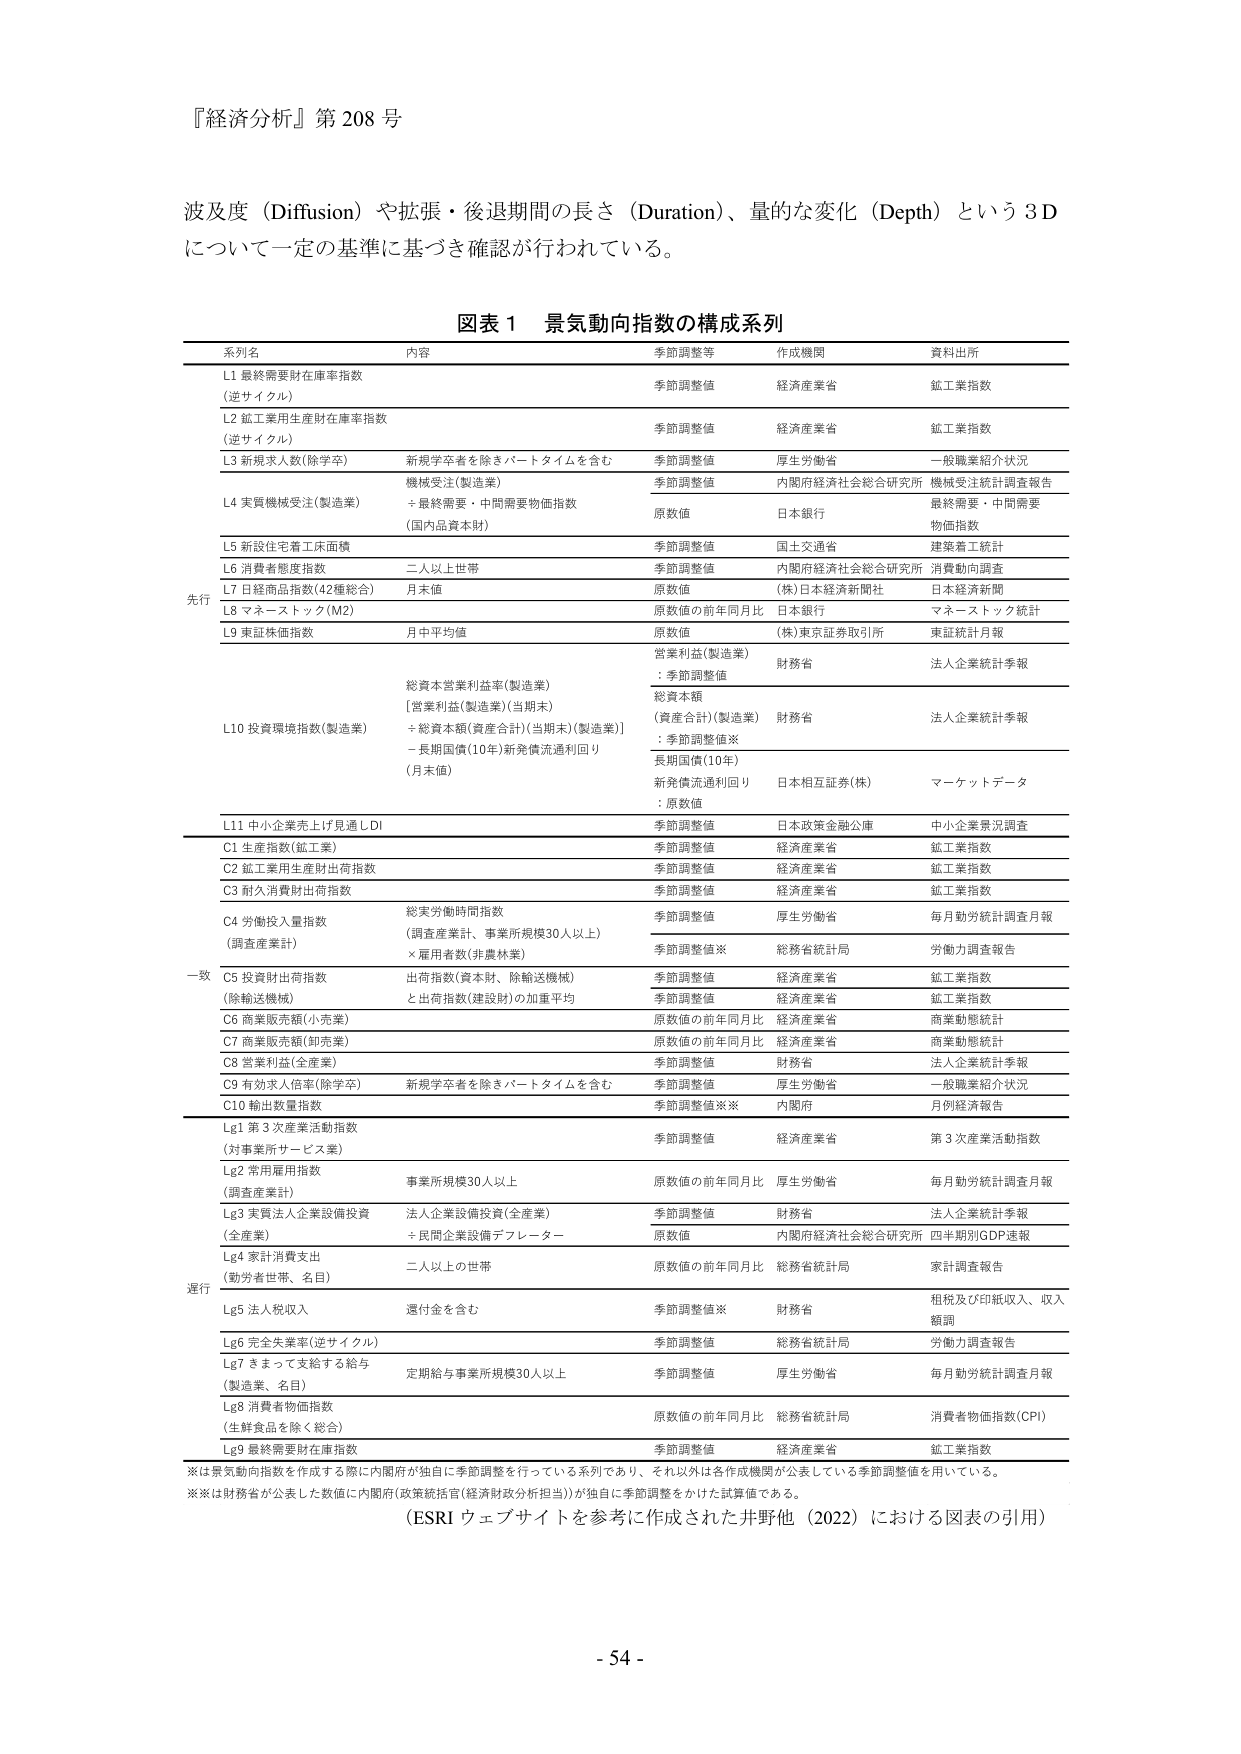
『経済分析』第 208 号

波及度（Diffusion）や拡張・後退期間の長さ（Duration）、量的な変化（Depth）という 3D について一定の基準に基づき確認が行われている。

図表 1 景気動向指数の構成系列

系列名 内容 季節調整等 作成機関 資料出所

先行
L1 最終需要財在庫率指数
（逆サイクル） 季節調整値 経済産業省 鉱工業指数
L2 鉱工業用生産財在庫率指数
（逆サイクル） 季節調整値 経済産業省 鉱工業指数
L3 新規求人数（除学卒） 新規学卒者を除きパートタイムを含む 季節調整値 厚生労働省 一般職業紹介状況
L4 実質機械受注（製造業） 機械受注（製造業） 季節調整値 内閣府経済社会総合研究所 機械受注統計調査報告
＋最終需要・中間需要物価指数 （国内品資本財） 原数値 日本銀行 最終需要・中間需要物価指数
L5 新設住宅着工床面積 季節調整値 国土交通省 建築着工統計
L6 消費者態度指数 二人以上世帯 季節調整値 内閣府経済社会総合研究所 消費動向調査
L7 日経商品指数（42種総合） 月末値 原数値 （株）日本経済新聞社 日本経済新聞
L8 マネーストック（M2） 原数値の前年同月比 日本銀行 マネーストック統計
L9 東証株価指数 月中平均値 原数値 （株）東京証券取引所 東証統計月報

L10 投資環境指数（製造業） 営業利益（製造業）：季節調整値 財務省 法人企業統計季報
[営業利益（製造業）（当期末）＋総資本額（資産合計）（当期末）（製造業）] ÷長期国債（10年）新発債流通利回り（月末値） 総資本額（資産合計）（製造業）：季節調整値※ 財務省 法人企業統計季報
長期国債（10年）新発債流通利回り：原数値 日本相互証券（株） マーケットデータ

L11 中小企業売上計見通し DI 季節調整値 日本政策金融公庫 中小企業景況調査

一致
C1 生産指数（鉱工業） 季節調整値 経済産業省 鉱工業指数
C2 鉱工業用生産財出荷指数 季節調整値 経済産業省 鉱工業指数
C3 耐久消費財出荷指数 季節調整値 経済産業省 鉱工業指数
C4 労働投入量指数 （調査産業計） 総実労働時間指数 （調査産業計、事業所規模30人以上）×雇用者数（非農林業） 季節調整値 厚生労働省 毎月勤労統計調査月報
季節調整値※ 総務省統計局 労働力調査報告
C5 投資財出荷指数 （除輸送機械） 出荷指数（資本財、除輸送機械）と出荷指数（建設財）の加重平均 季節調整値 経済産業省 鉱工業指数
季節調整値 経済産業省 鉱工業指数
C6 商業販売額（小売業） 原数値の前年同月比 経済産業省 商業動態統計
C7 商業販売額（卸売業） 原数値の前年同月比 経済産業省 商業動態統計
C8 営業利益（全産業） 季節調整値 財務省 法人企業統計季報
C9 有効求人倍率（除学卒） 新規学卒者を除きパートタイムを含む 季節調整値 厚生労働省 一般職業紹介状況
C10 輸出数量指数 季節調整値※※ 内閣府 月例経済報告

遅行
Lg1 第3次産業活動指数 （対事業所サービス業） 季節調整値 経済産業省 第3次産業活動指数
Lg2 常用雇用指数 （調査産業計） 事業所規模30人以上 原数値の前年同月比 厚生労働省 毎月勤労統計調査月報
Lg3 実質法人企業設備投資 （全産業） 法人企業設備投資（全産業）÷民間企業設備デフレーター 季節調整値 財務省 法人企業統計季報
原数値 内閣府経済社会総合研究所 四半期別GDP速報
Lg4 家計消費支出 （勤労者世帯、名目） 二人以上の世帯 原数値の前年同月比 総務省統計局 家計調査報告
Lg5 法人税収入 還付金を含む 季節調整値※ 財務省 租税及び印紙収入、収入額調
Lg6 完全失業率（逆サイクル） 季節調整値 総務省統計局 労働力調査報告
Lg7 きまって支給する給与 （製造業、名目） 定期給与事業所規模30人以上 季節調整値 厚生労働省 毎月勤労統計調査月報
Lg8 消費者物価指数 （生鮮食品を除く総合） 原数値の前年同月比 総務省統計局 消費者物価指数（CPI）
Lg9 最終需要財在庫指数 季節調整値 経済産業省 鉱工業指数

※は景気動向指数を作成する際に内閣府が独自に季節調整を行っている系列であり、それ以外は各作成機関が公表している季節調整値を用いている。
※※は財務省が公表した数値に内閣府（政策統括官（経済財政分析担当））が独自に季節調整をかけた試算値である。

（ESRI ウェブサイトを参考に作成された井野他（2022）における図表の引用）

- 54 -